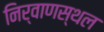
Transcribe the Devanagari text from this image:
निर्वाणस्थल